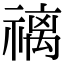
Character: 䄜